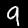
Label: 9